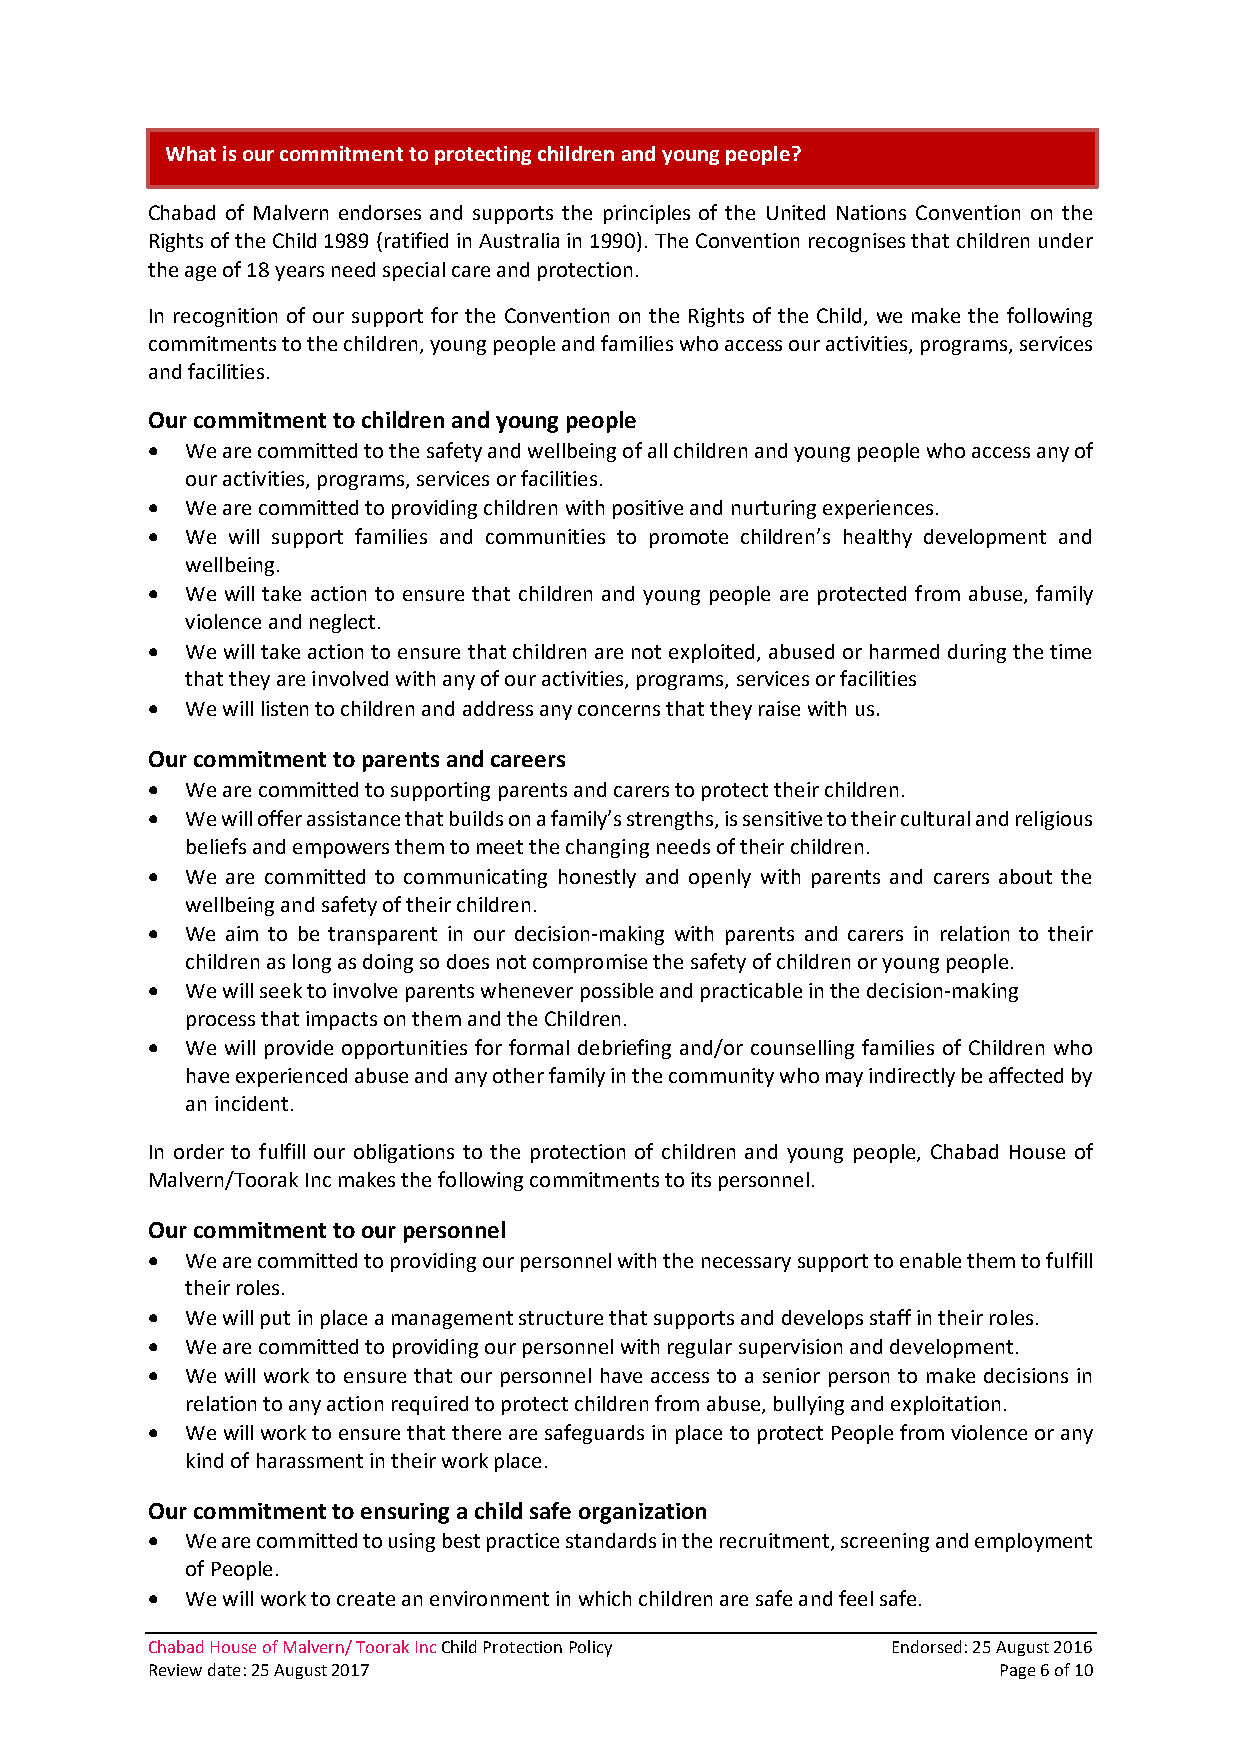
Pent
 What is our commitment to protecting children and young people?
 Chabad of Malvern endorses and supports the principles of the United Nations Convention on the
 Rights of the Child 1989 (ratified in Australia in 1990). The Convention recognises that children under
 the age of 18 years need special care and protection.
 In recognition of our support for the Convention on the Rights of the Child, we make the following
 commitments to the children, young people and families who access our activities, programs, services
 and facilities.
 Our commitment to children and young people
 • We are committed to the safety and wellbeing of all children and young people who access any of
 our activities, programs, services or facilities.
 • We are committed to providing children with positive and nurturing experiences.
 • We will support families and communities to promote children’s healthy development and
 wellbeing.
 • We will take action to ensure that children and young people are protected from abuse, family
 violence and neglect.
 • We will take action to ensure that children are not exploited, abused or harmed during the time
 that they are involved with any of our activities, programs, services or facilities
 • We will listen to children and address any concerns that they raise with us.
 Our commitment to parents and careers
 • We are committed to supporting parents and carers to protect their children.
 • We will offer assistance that builds on a family’s strengths, is sensitive to their cultural and religious
 beliefs and empowers them to meet the changing needs of their children.
 • We are committed to communicating honestly and openly with parents and carers about the
 wellbeing and safety of their children.
 • We aim to be transparent in our decision‐making with parents and carers in relation to their
 children as long as doing so does not compromise the safety of children or young people.
 • We will seek to involve parents whenever possible and practicable in the decision‐making
 process that impacts on them and the Children.
 • We will provide opportunities for formal debriefing and/or counselling families of Children who
 have experienced abuse and any other family in the community who may indirectly be affected by
 an incident.
 In order to fulfill our obligations to the protection of children and young people, Chabad House of
 Malvern/Toorak Inc makes the following commitments to its personnel.
 Our commitment to our personnel
 • We are committed to providing our personnel with the necessary support to enable them to fulfill
 their roles.
 • We will put in place a management structure that supports and develops staff in their roles.
 • We are committed to providing our personnel with regular supervision and development.
 • We will work to ensure that our personnel have access to a senior person to make decisions in
 relation to any action required to protect children from abuse, bullying and exploitation.
 • We will work to ensure that there are safeguards in place to protect People from violence or any
 kind of harassment in their work place.
 Our commitment to ensuring a child safe organization
 • We are committed to using best practice standards in the recruitment, screening and employment
 of People.
 • We will work to create an environment in which children are safe and feel safe.
 Chabad House of Malvern/ Toorak Inc Child Protection Policy Endorsed: 25 August 2016
 Review date: 25 August 2017                             Page 6 of 10